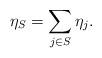
LaTeX: \begin{align*}\eta_S = \sum_{j \in S} \eta_j.\end{align*}